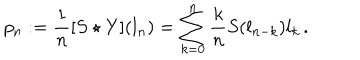
p _ { n } : = \frac { 1 } { n } [ S \star Y ] ( l _ { n } ) = \sum _ { k = 0 } ^ { n } \frac { k } { n } S ( l _ { n - k } ) l _ { k } \, .